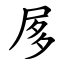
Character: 㞔